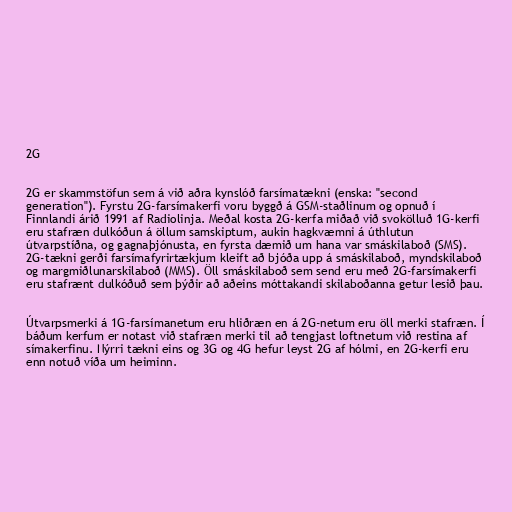
2G

2G er skammstöfun sem á við aðra kynslóð farsímatækni (enska: "second
generation"). Fyrstu 2G-farsímakerfi voru byggð á GSM-staðlinum og opnuð í
Finnlandi árið 1991 af Radiolinja. Meðal kosta 2G-kerfa miðað við svokölluð 1G-kerfi
eru stafræn dulkóðun á öllum samskiptum, aukin hagkvæmni á úthlutun
útvarpstíðna, og gagnaþjónusta, en fyrsta dæmið um hana var smáskilaboð (SMS).
2G-tækni gerði farsímafyrirtækjum kleift að bjóða upp á smáskilaboð, myndskilaboð
og margmiðlunarskilaboð (MMS). Öll smáskilaboð sem send eru með 2G-farsímakerfi
eru stafrænt dulkóðuð sem þýðir að aðeins móttakandi skilaboðanna getur lesið þau.

Útvarpsmerki á 1G-farsímanetum eru hliðræn en á 2G-netum eru öll merki stafræn. Í
báðum kerfum er notast við stafræn merki til að tengjast loftnetum við restina af
símakerfinu. Nýrri tækni eins og 3G og 4G hefur leyst 2G af hólmi, en 2G-kerfi eru
enn notuð víða um heiminn.